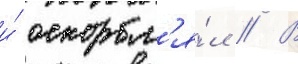
и́ оскорбл'я́л // В